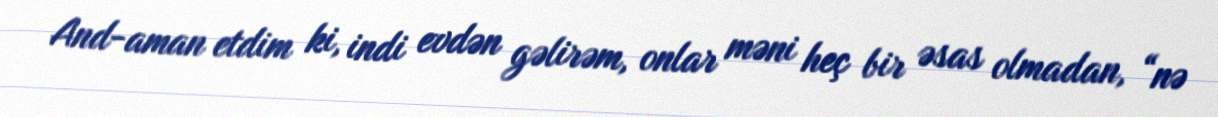
And-aman etdim ki, indi evdən gəlirəm, onlar məni heç bir əsas olmadan, “nə